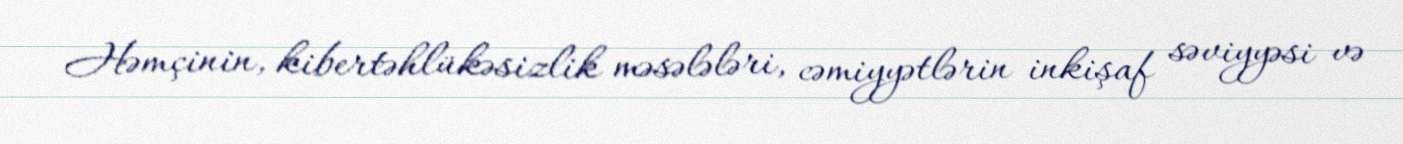
Həmçinin, kibertəhlükəsizlik məsələləri, cəmiyyətlərin inkişaf səviyyəsi və